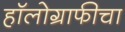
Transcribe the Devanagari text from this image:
हॉलोग्राफीचा